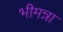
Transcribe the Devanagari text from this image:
भीमन्ना